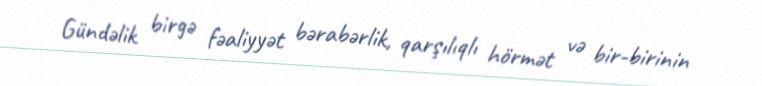
Gündəlik birgə fəaliyyət bərabərlik, qarşılıqlı hörmət və bir-birinin